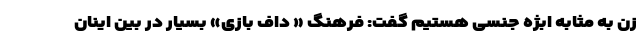
زن به مثابه ابژه جنسی هستیم گفت: فرهنگ « داف بازی» بسیار در بین اینان